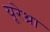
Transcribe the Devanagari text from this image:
यूरेथ्रा